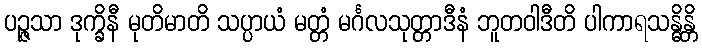
ပဉ္ဇသာ ဒုက္ခိနီ မုတိမာတိ သပ္ပာယံ မတ္တံ မင်္ဂလသုတ္တာဒီနံ ဘူတဝါဒီတိ ပါကာရသန္ဓိန္တိ